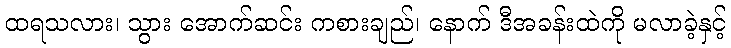
ထရသလား၊ သွား အောက်ဆင်း ကစားချည်၊ နောက် ဒီအခန်းထဲကို မလာခဲ့နှင့်